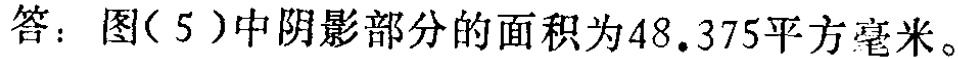
答：图(5)中阴影部分的面积为\(48.375\)平方毫米。